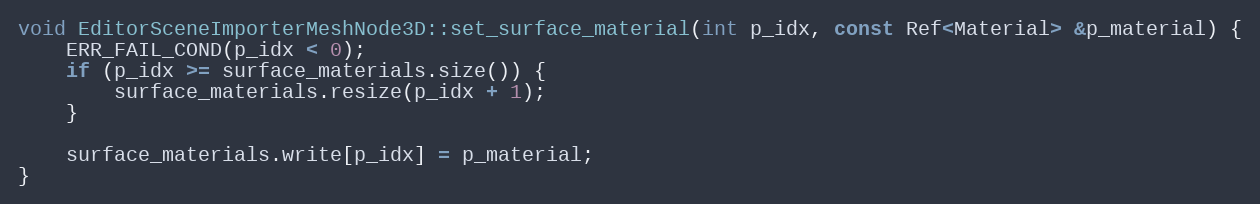
Language: C++
void EditorSceneImporterMeshNode3D::set_surface_material(int p_idx, const Ref<Material> &p_material) {
	ERR_FAIL_COND(p_idx < 0);
	if (p_idx >= surface_materials.size()) {
		surface_materials.resize(p_idx + 1);
	}

	surface_materials.write[p_idx] = p_material;
}